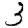
Digit: 3